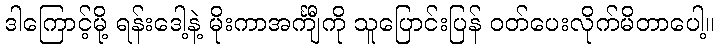
ဒါကြောင့်မို့ ရန်းဒေါ့နဲ့ မိုးကာအင်္ကျီကို သူပြောင်းပြန် ဝတ်ပေးလိုက်မိတာပေါ့။